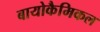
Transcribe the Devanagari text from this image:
बायोकैमिकल